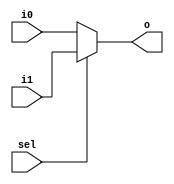
// This program was cloned from: https://github.com/dtysky/FPGA-Imaging-Library
// License: GNU Lesser General Public License v2.1

`timescale 1ns / 1ps
//////////////////////////////////////////////////////////////////////////////////
// Company: None
// 
// Design Name: 
// Module Name: Mux2
// Project Name: 
// Target Devices: 
// Tool Versions: 
// Description: 
// 
// Dependenrgb24es: 
// 
// Revision:
// Revision 0.01 - File Created
// Additional Comments:
// 
//////////////////////////////////////////////////////////////////////////////////


module Mux2(sel, i0, i1, o);

	parameter data_width = 8;

	input sel;
	input[data_width - 1 : 0] i0;
	input[data_width - 1 : 0] i1;
	output[data_width - 1 : 0] o;

	assign o = sel == 0 ? i0 : i1;

endmodule